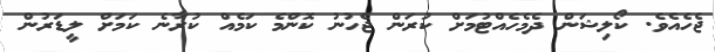
ޖެހެއެވެ. ކޯލިޝަން ދެމެހެއްޓުމަށް ކުރަން ޖެހުނު ކޮންމެ ކަމެއް ކުރާނެ ކަމަށް ލީޑަރުން